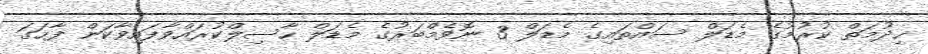
ޚިދުމަތް ކުރުމުގެ މެޑަލް ސައްތައިގެ މެޑަލް 3 ނޮވެމްބަރުގެ މެޑަލް ހާސިލްކުރައްވާފައިވާކަން ފާހަގަ